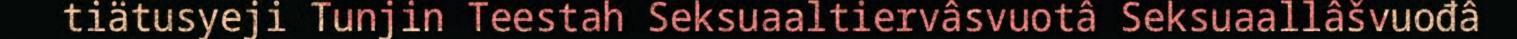
tiätusyeji Tunjin Teestah Seksuaaltiervâsvuotâ Seksuaallâšvuođâ